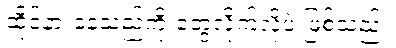
ထိုင်နားနေသည်ကို တွေ့လိုက်လို့ပဲ ဖြစ်သည်။